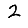
Digit: 2